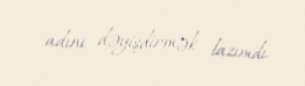
adını dəyişdirmək lazımdı.